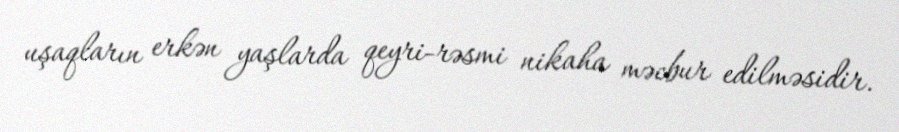
uşaqların erkən yaşlarda qeyri-rəsmi nikaha məcbur edilməsidir.